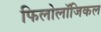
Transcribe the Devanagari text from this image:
फिलोलॉजिकल